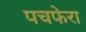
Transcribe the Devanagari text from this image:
पचफेरा